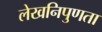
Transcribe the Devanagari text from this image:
लेखनिपुणता